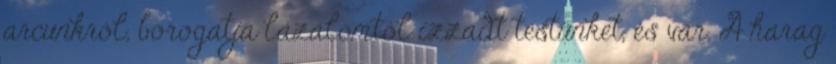
arcunkról, borogatja lázálomtól izzadt testünket, és vár. A harag